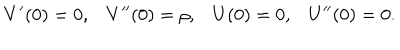
LaTeX: V ^ { \prime } ( 0 ) = 0 , V ^ { \prime \prime } ( 0 ) = \rho , U ( 0 ) = 0 , U ^ { \prime \prime } ( 0 ) = 0 .